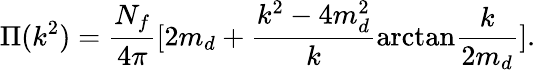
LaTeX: \Pi(k^{2})=\frac{N_{f}}{4\pi}[2m_{d}+\frac{k^{2}-4m_{d}^{2}}{k}\mathrm{arctan}\frac{k}{2m_{d}}].